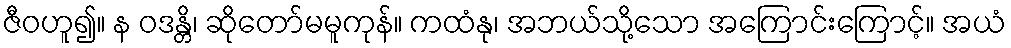
ဇီဝဟူ၍။ န ဝဒန္တိ၊ ဆိုတော်မမူကုန်။ ကထံနု၊ အဘယ်သို့သော အကြောင်းကြောင့်။ အယံ